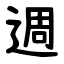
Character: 週